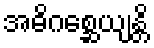
အဓိဂစ္ဆေယျန္တိ